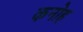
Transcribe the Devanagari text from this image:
कनोह